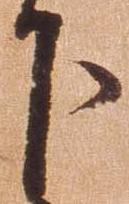
下